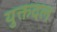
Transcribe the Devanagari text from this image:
युक्तदल